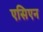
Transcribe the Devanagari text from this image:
एसिएन